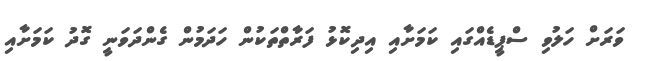
ވަރަށް ހަލުވި ސްޕީޑެއްގައި ކަމަށާއި އިދިކޮޅު ފަރާތްތަކުން ހަދަމުން ގެންދަވަނީ ގޮދު ކަމަށާއި